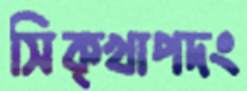
সিক্খাপদং